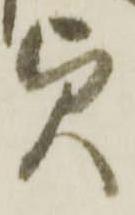
貞